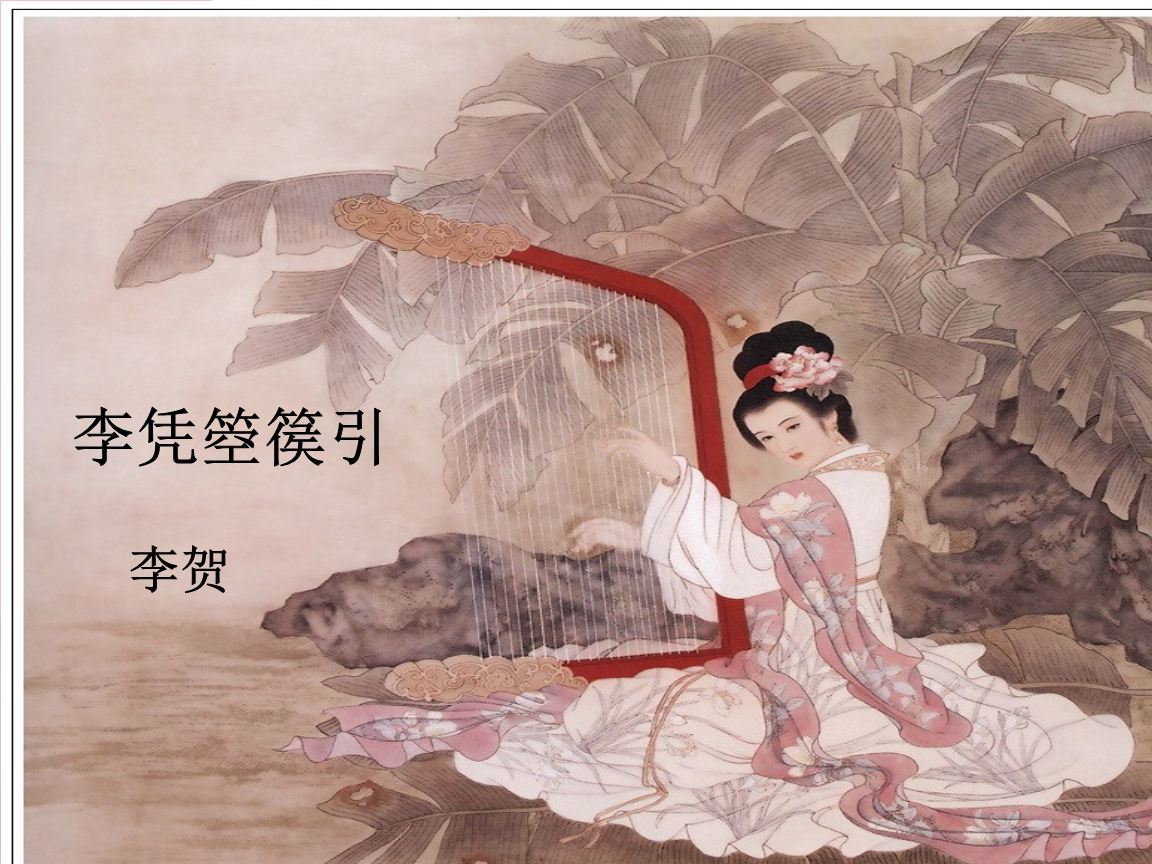
昆山玉碎凤凰叫，芙蓉泣露香兰笑。